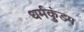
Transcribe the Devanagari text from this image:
धर्मकुंडम